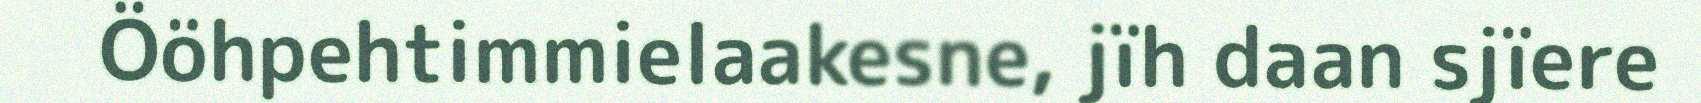
Ööhpehtimmielaakesne, jïh daan sjïere